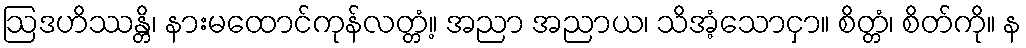
ဩဒဟိဿန္တိ၊ နားမထောင်ကုန်လတ္တံ့။ အညာ အညာယ၊ သိအံ့သောငှာ။ စိတ္တံ၊ စိတ်ကို။ န